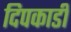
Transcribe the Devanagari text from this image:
दिपकाडी